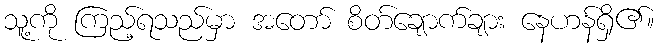
သူ့ကို ကြည့်ရသည်မှာ အတော် စိတ်ချောက်ချား နေဟန်ရှိ၏။